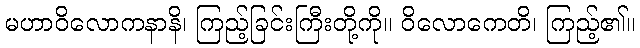
မဟာဝိလောကနာနိ၊ ကြည့်ခြင်းကြီးတို့ကို။ ဝိလောကေတိ၊ ကြည့်၏။